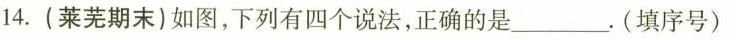
14.(莱芜期末)如图，下列有四个说法，正确的是_。(填序号)